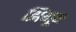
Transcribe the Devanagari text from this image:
झिंगून